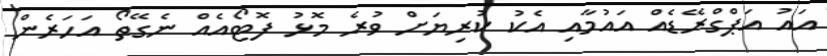
އައު އަޕްގްރޭޑެއް އައުމާއި އެކު ކުރިޔަށް ވުރެ މޮޅު ފޮޓޯއެއް ނެގޭތޯ އަހަރެން